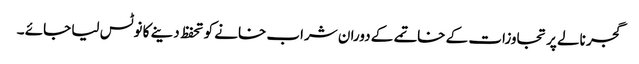
گجر نالے پر تجاوزات کے خاتمے کے دوران شراب خانے کو تحفظ دینے کا نوٹس لیا جائے ۔